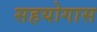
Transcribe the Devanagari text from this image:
सहयोगास